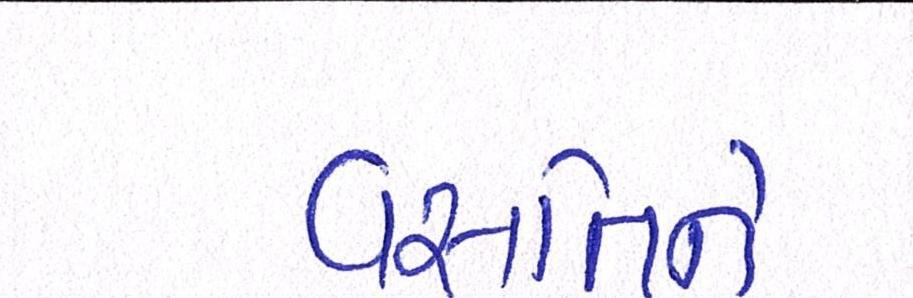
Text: વસતિને